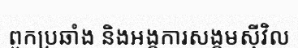
ពួកប្រឆាំង និងអង្គការសង្គមស៊ីវិល